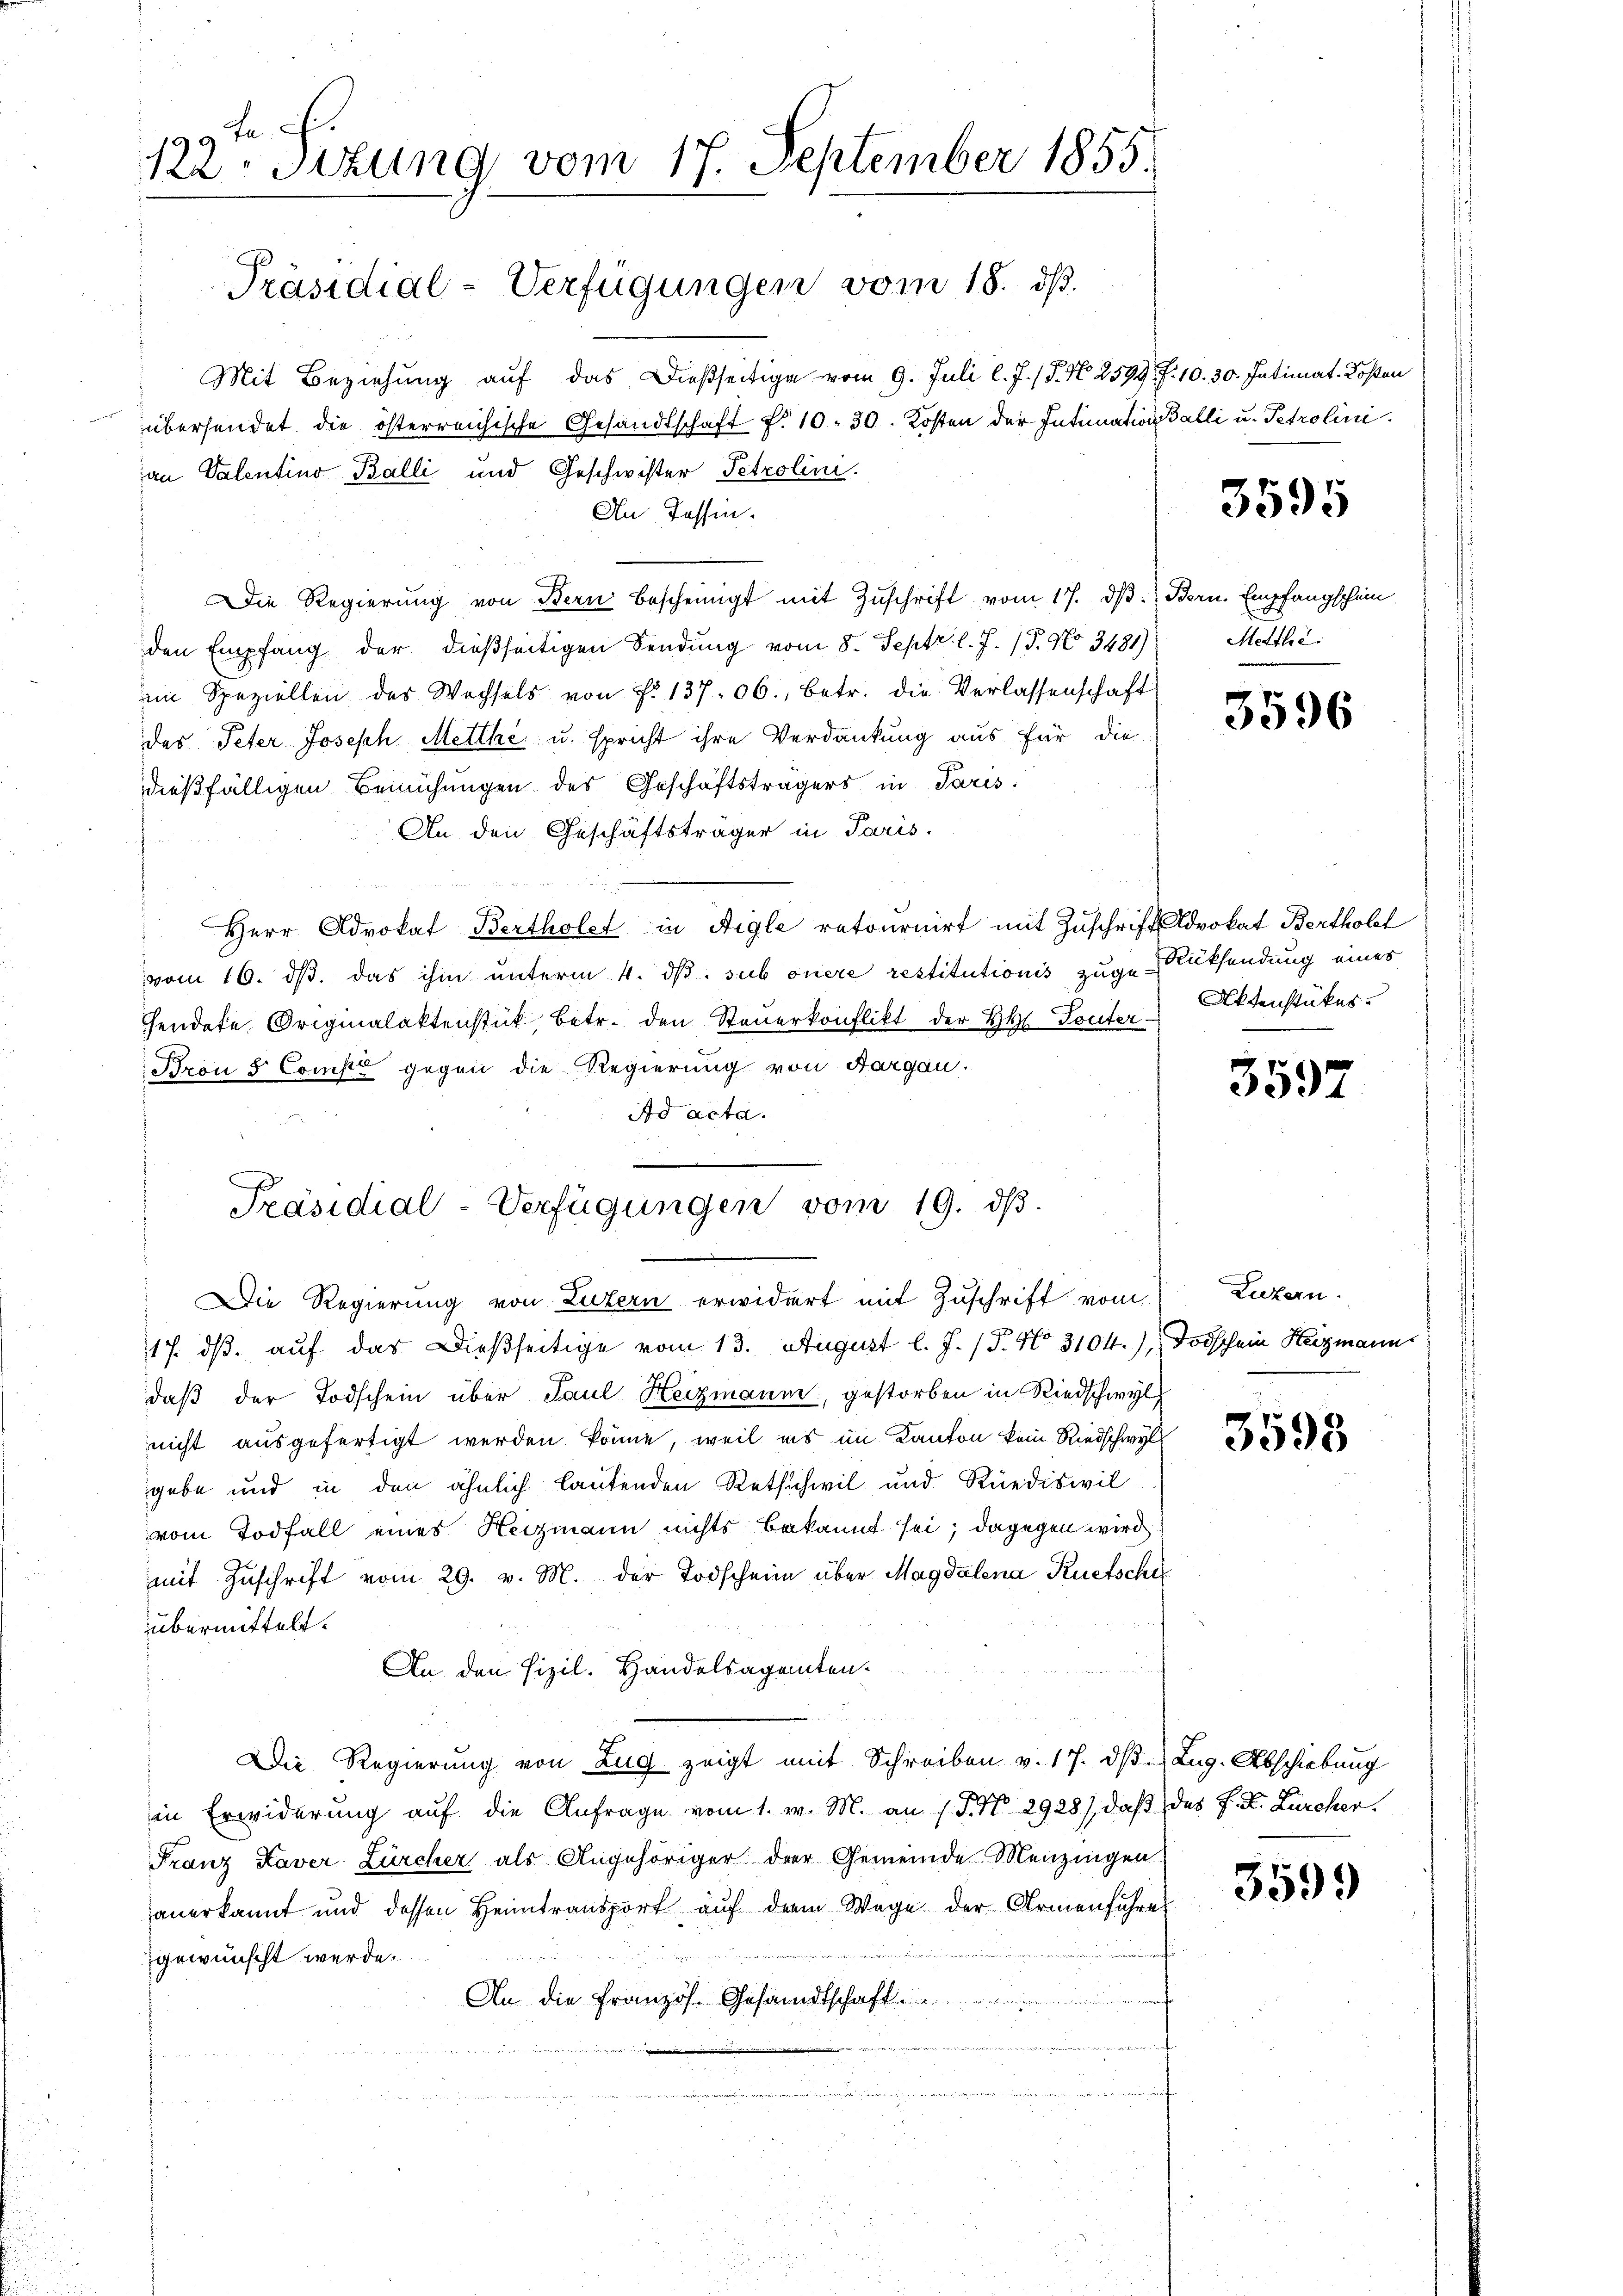
99 t.
Ver. Sitzung vom 17. September 1855.
Präsidial-Verfügungen vom 18. dß.

Mit Beziehung auf das Dießseitige vom 9. Juli l. J. (T. N. 2599 ff. 10. 30. Intimat. Kosten
übersendet die österreichische Gesandtschaft f. 10. 30. Kosten der Intimation Balli u. Petrolini
an Valentino Balli und Geschwister Petrolini.
An Tessin.
Die Regierŭng von Bern bescheinigt mit Zŭschrift vom 17. dβ. Bern. Empfangschein,
den Empfang der dießseitigen Sendung vom 8. Sept. l. J. 17. No 3481)
im Speziellen des Wechsels von f. 137. 06., betr. die Verlassenschaft
das Peter Joseph Metthé u. spricht ihre Verdankung aus für die
dießfälligen Bemühungen des Geschäftsträgers in Paris
An den Geschäftsträger in Paris.
d
Herr Advokat Bertholet in Aigle retournirt mit Zuschrift Advokat Bertholt
vom 16. ds. das ihm unterm 4. ds. sub onere restitutionis zuge Rücksendung eines
sendete Originalaktenstück betr. den Steŭerkonflikt der H. Touter-
Bron 5 Compe gegen die Regierung von Aargau.
Ad acta.

17. ds. auf das Dießseitige vom 13. August l. J. (T. No 3104), Todschein Heizmann
daß der Todschein über Paul Heizmann, gestorben in Riedschwyl
nicht ausgefertigt werden könne, weil ins im Kanton kein Riedschwyl
gebe und in den ähnlich lautenden Retschwil und Rüediswil
vom Todfall eines Heizmann nichts bekannt sei; dagegen wird.
mit Zuschrift vom 29. v. M. der Todschein über Magdalena Ruetschie
übermittelt.
An den Pizil. Handelsagenten.
Die Regierung von Zug zeigt mit Schreiben v. 17. dβ Lug. Abschiebung
in Erwiderung auf die Anfrage vom 1. w. M. an 1. P. Nr. 2928), daß des P. R. Zürcher.
Franz Kaver Zürcher als Angehöriger der Gemeinde Menzingen
anerkannt und dessen Heimtransport auf dem Wege der Armenführe
gewünscht werde.
An die Französ. Gesandtschaft

Präsidial-Verfügungen vom 19. dβ.
Die Regierung von Luzern erwidert mit Zuschrift vom

3595

Mettle.

3596

Aktenstükes.

3597

Luzern.

3593

3599